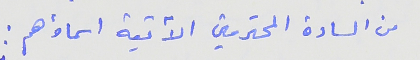
من السادة المحترمين الآتية اسماؤهم :